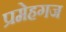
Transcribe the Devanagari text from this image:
प्रमेहगज